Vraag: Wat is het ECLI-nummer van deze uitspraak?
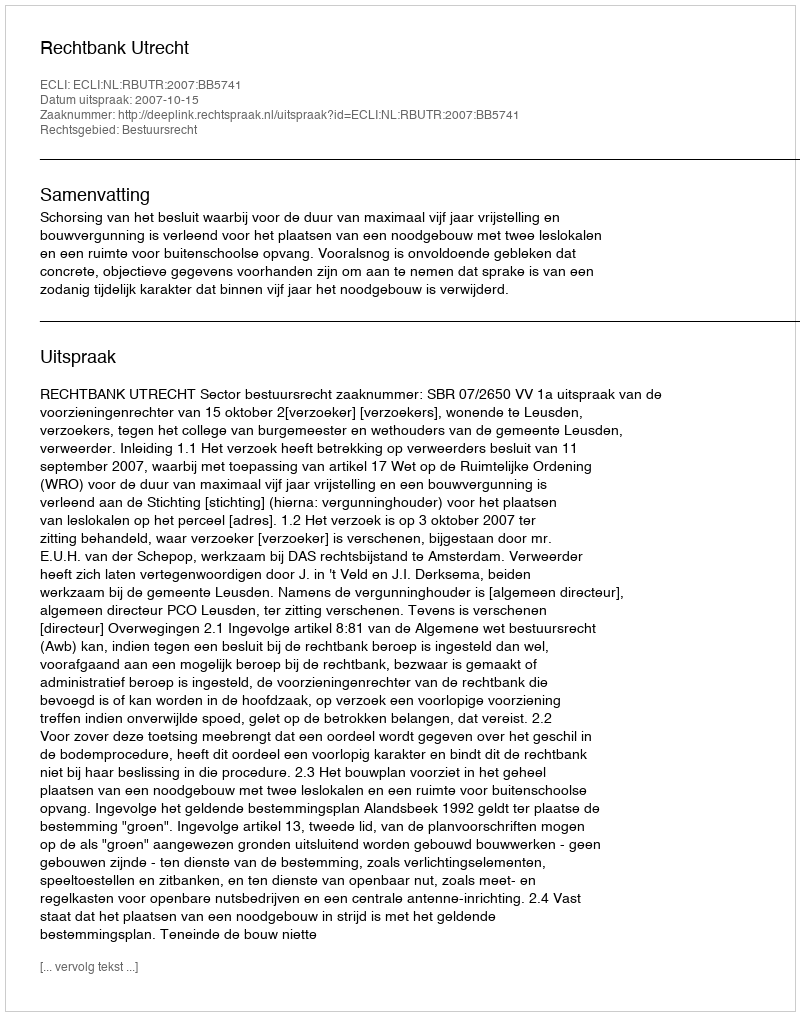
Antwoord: ECLI:NL:RBUTR:2007:BB5741